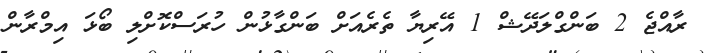
ރާއްޖެ 2 ބަންގްލަދޭޝް 1 އޭރިޔާ ތެރެއަށް ބަންގާޅުން ހުރަސްކޮށްލި ބޯޅަ އިމްރާން